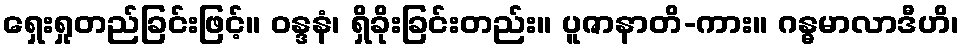
ရှေးရှုတည်ခြင်းဖြင့်။ ဝန္ဒနံ၊ ရှိခိုးခြင်းတည်း။ ပူဇာနာတိ-ကား။ ဂန္ဓမာလာဒီဟိ၊